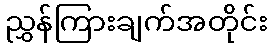
ညွှန်ကြားချက်အတိုင်း